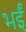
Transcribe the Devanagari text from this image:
भईं